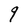
Character: q